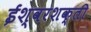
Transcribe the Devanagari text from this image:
ईश्वरशक्ती